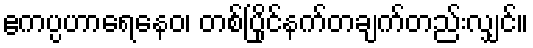
ဧကပ္ပဟာရေနေဝ၊ တစ်ပြိုင်နက်တချက်တည်းလျှင်။